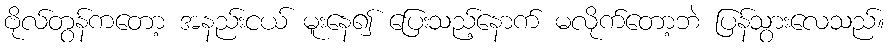
ဗိုလ်တွန်ကတော့ အနည်းငယ် မူးနေ၍ ပြေးသည့်နောက် မလိုက်တော့ဘဲ ပြန်သွားလေသည်။